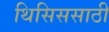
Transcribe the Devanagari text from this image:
थिसिससाठी